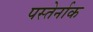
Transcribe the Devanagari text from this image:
पस्तेर्नाक